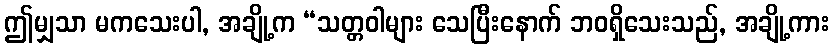
ဤမျှသာ မကသေးပါ, အချို့က “သတ္တဝါများ သေပြီးနောက် ဘဝရှိသေးသည်, အချို့ကား